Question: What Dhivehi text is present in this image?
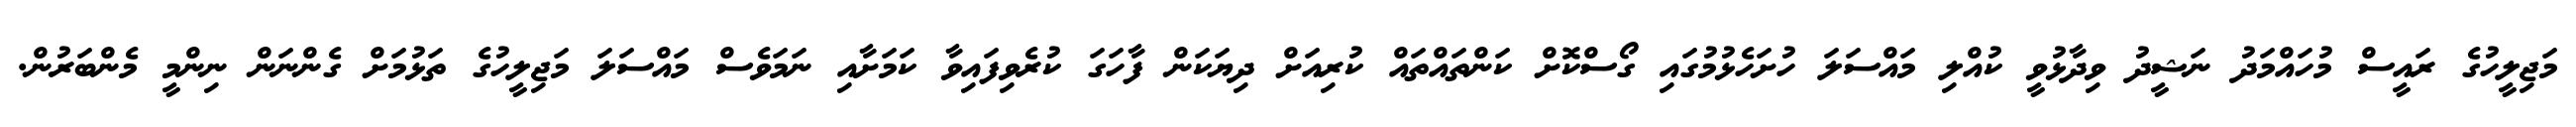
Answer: މަޖިލީހުގެ ރައީސް މުހައްމަދު ނަޝީދު ވިދާޅުވީ ކުއްލި މައްސަލަ ހުށަހެޅުމުގައި ގޯސްކޮށް ކަންތައްތައް ކުރިއަށް ދިޔަކަން ފާހަގަ ކުރެވިފައިވާ ކަމަށާއި ނަމަވެސް މައްސަލަ މަޖިލީހުގެ ތަޅުމަށް ގެންނަން ނިންމީ މެންބަރުން.